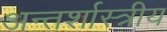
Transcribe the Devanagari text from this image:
अन्तर्शास्त्रीय